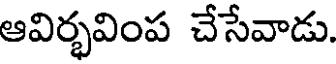
ఆవిర్భవింప చేసేవాడు.